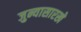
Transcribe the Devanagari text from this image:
जुन्यासारखे